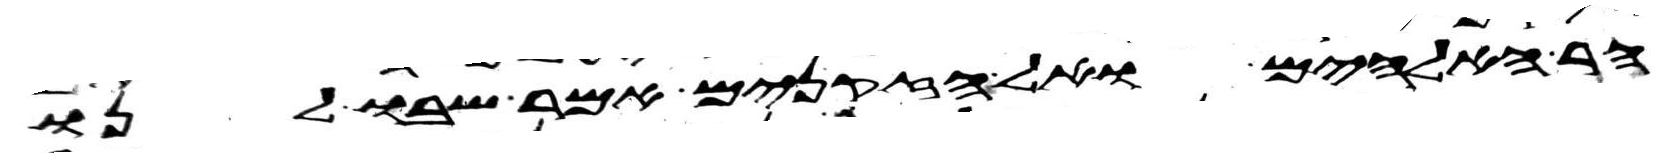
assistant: הר האלהים ואל הזקנים אמר שבו לנו